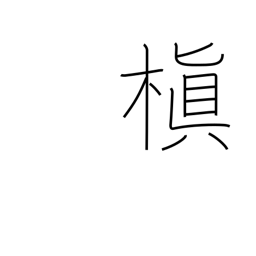
Meaning: Chinese black pine